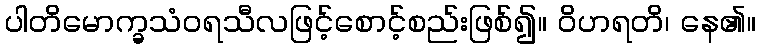
ပါတိမောက္ခသံဝရသီလဖြင့်စောင့်စည်းဖြစ်၍။ ဝိဟရတိ၊ နေ၏။